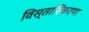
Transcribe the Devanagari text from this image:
विस्तारिकरण